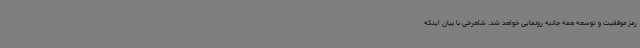
رمز موفقیت و توسعه همه جانبه رونمایی خواهد شد. شاهرخی با بیان اینکه